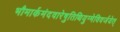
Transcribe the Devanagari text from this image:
भौमार्कमंदवारेषुतिथियुग्मेविवर्जयेत्